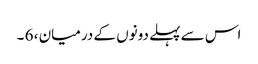
اس سے پہلے دونوں کے درمیان ، 6 ۔